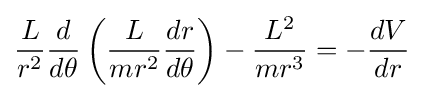
{\frac {L}{r^{2}}}{\frac {d}{d\theta }}\left({\frac {L}{mr^{2}}}{\frac {dr}{d\theta }}\right)-{\frac {L^{2}}{mr^{3}}}=-{\frac {dV}{dr}}